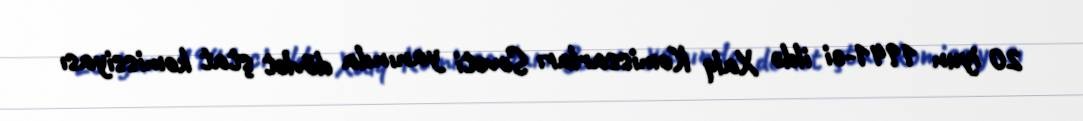
20 iyun 1941-ci ildə Xalq Komissarları Soveti yanında dövlət ştat komissiyası